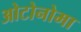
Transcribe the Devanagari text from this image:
ओटोनोमा